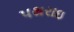
પથરાઇ